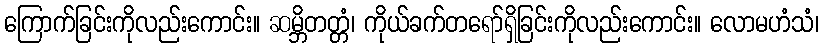
ကြောက်ခြင်းကိုလည်းကောင်း။ ဆမ္ဘိတတ္တံ၊ ကိုယ်ခက်တရော်ရှိခြင်းကိုလည်းကောင်း။ လောမဟံသံ၊